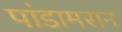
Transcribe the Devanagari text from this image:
पांडामरान